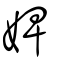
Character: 婢